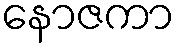
နောဇကာ